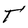
Character: T